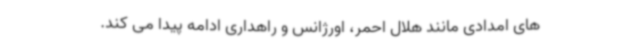
های امدادی مانند هلال احمر، اورژانس و راهداری ادامه پیدا می کند.